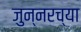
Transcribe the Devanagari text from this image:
जुन्‍नरच्या